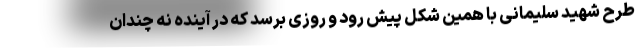
طرح شهید سلیمانی با همین شکل پیش رود و روزی برسد که در آینده نه چندان